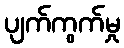
ပျက်ကွက်မှု